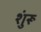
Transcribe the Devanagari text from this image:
शुंरू